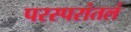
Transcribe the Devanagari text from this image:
परस्परांतलं